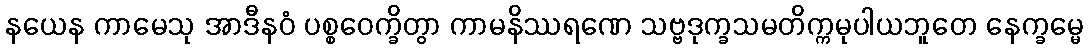
နယေန ကာမေသု အာဒီနဝံ ပစ္စဝေက္ခိတွာ ကာမနိဿရဏေ သဗ္ဗဒုက္ခသမတိက္ကမုပါယဘူတေ နေက္ခမ္မေ